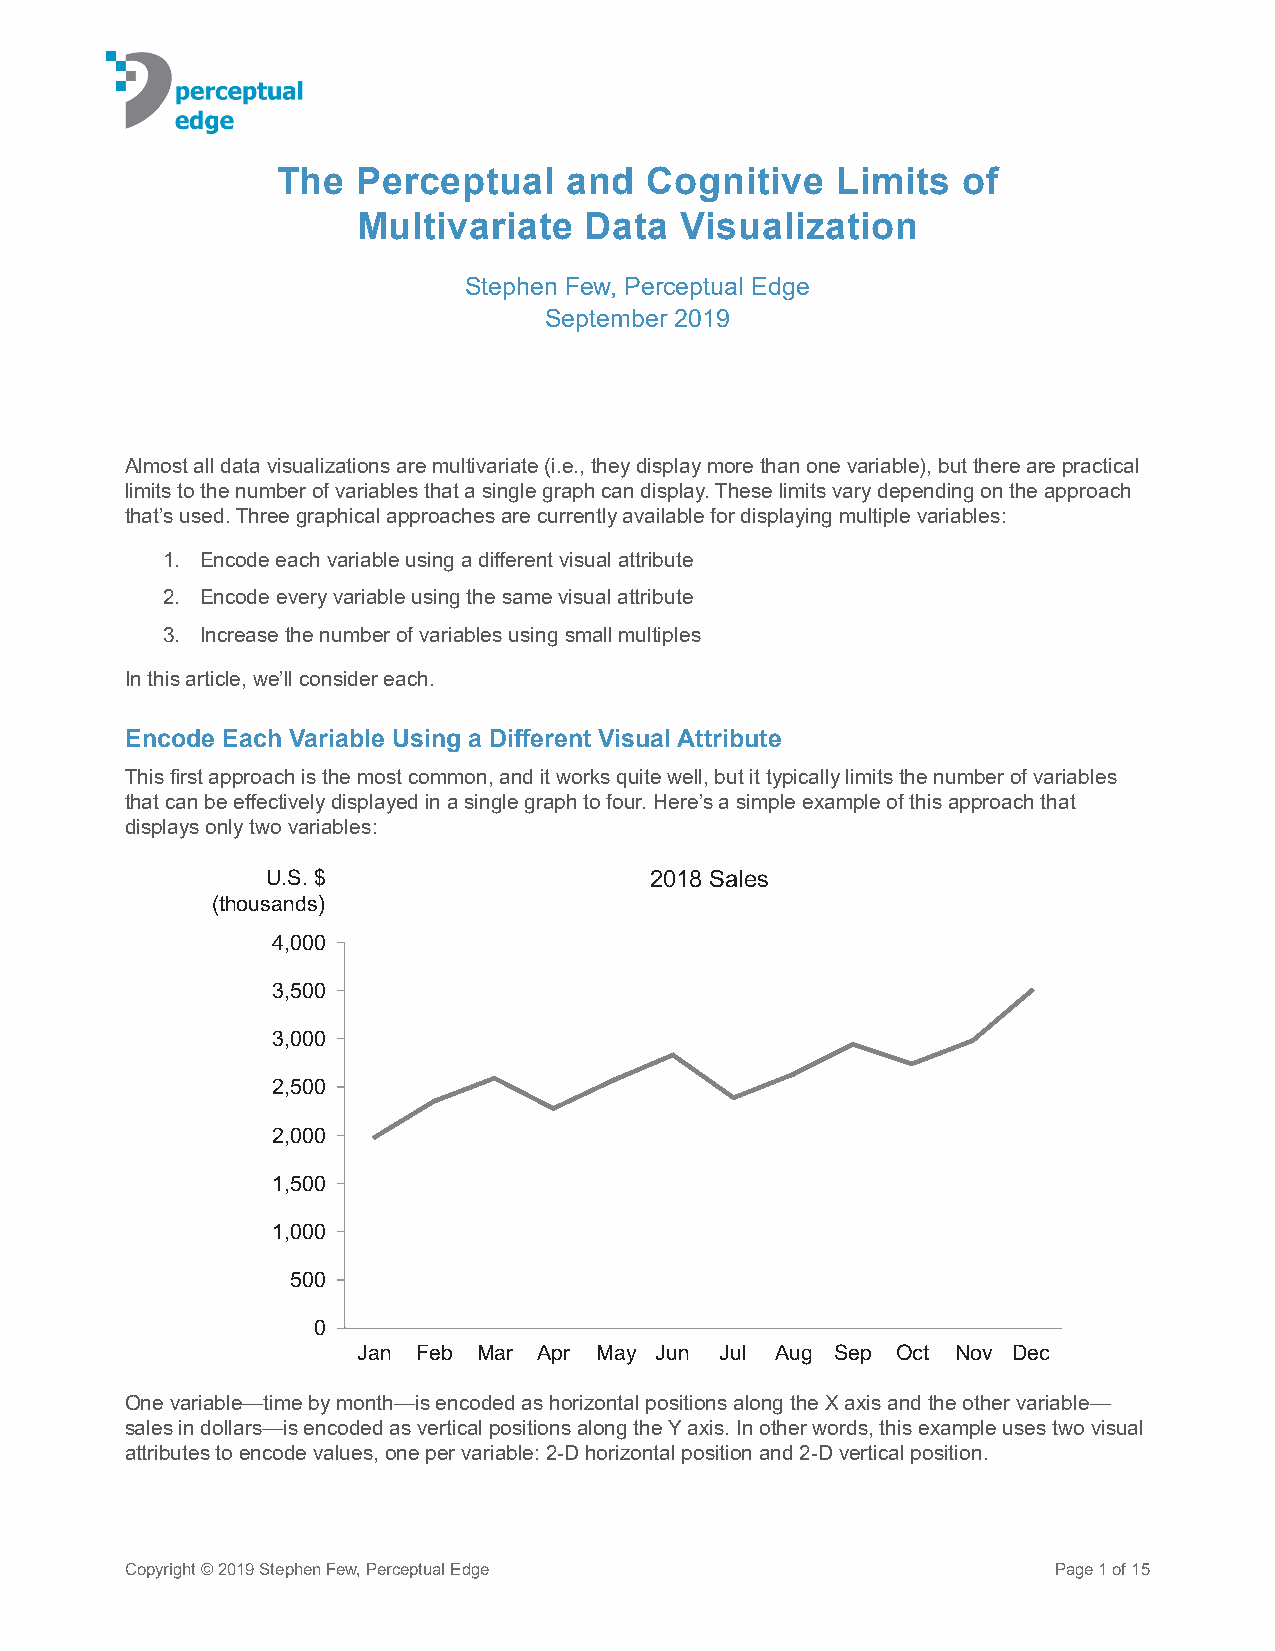
The   Perceptual    and  Cognitive   Limits   of
 Multivariate   Data  Visualization
 Stephen Few, Perceptual Edge
 September 2019
 Almost all data visualizations are multivariate (i.e., they display more than one variable), but there are practical
 limits to the number of variables that a single graph can display. These limits vary depending on the approach
 that’s used. Three graphical approaches are currently available for displaying multiple variables:
 1. Encode each variable using a different visual attribute
 2. Encode every variable using the same visual attribute
 3. Increase the number of variables using small multiples
 In this article, we’ll consider each.
 Encode Each Variable Using a Different Visual Attribute
 This first approach is the most common, and it works quite well, but it typically limits the number of variables
 that can be effectively displayed in a single graph to four. Here’s a simple example of this approach that
 displays only two variables:
 U.S. $                   2018 Sales
 (thousands)
 4,000
 3,500
 3,000
 2,500
 2,000
 1,500
 1,000
 500
 0
 Jan Feb Mar Apr May Jun Jul Aug Sep Oct Nov Dec
 One variable—time by month—is encoded as horizontal positions along the X axis and the other variable—
 sales in dollars—is encoded as vertical positions along the Y axis. In other words, this example uses two visual
 attributes to encode values, one per variable: 2-D horizontal position and 2-D vertical position.
 Copyright © 2019 Stephen Few, Perceptual Edge                 Page 1 of 15